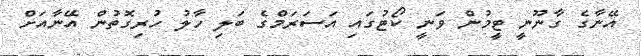
އޭނާގެ ގާނޫނީ ޓީމުން ވަނީ ކޯޓުގައި އަސަރަމްގެ ބަލި ހާލު ހުރިގޮތުން އޭނާއަށް